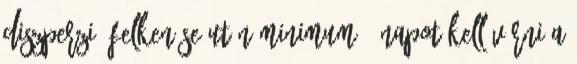
diszperzió felkenése után minimum 3 napot kell várni a